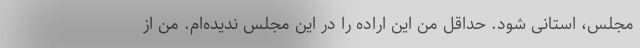
مجلس، استانی شود. حداقل من این اراده را در این مجلس ندیده‌ام. من از